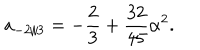
a _ { - 2 / 3 } = - \frac { 2 } { 3 } + \frac { 3 2 } { 4 5 } \alpha ^ { 2 } .